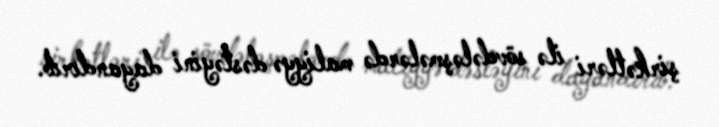
şirkətləri ilə sövdələşmələrdə maliyyə dəstəyini dayandırıb.